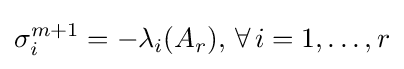
\sigma _{i}^{m+1}=-\lambda _{i}(A_{r}),\,\forall \,i=1,\ldots ,r